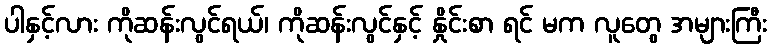
ပါနှင့်လား ကိုဆန်းလွင်ရယ်၊ ကိုဆန်းလွင်နှင့် နှိုင်းစာ ရင် မက လူတွေ အများကြီး